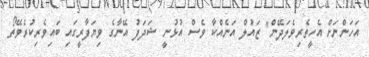
އަހަންނަށް އެހީތެރިވެލަދޭން" ޒައުލް އަނެއްކާ ވެސް އުޅުނީ ޝަދަފު އޭނާގެ ވިޔަފާރީގައި ބައިވެރިކުރެވޭތޯ